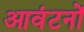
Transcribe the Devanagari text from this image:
आवंटनों